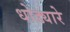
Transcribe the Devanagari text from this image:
धोड्यारे